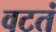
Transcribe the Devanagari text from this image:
वटतं